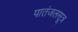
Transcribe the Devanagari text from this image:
पातंजलसूत्र